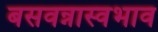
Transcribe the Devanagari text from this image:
बसवन्नास्वभाव